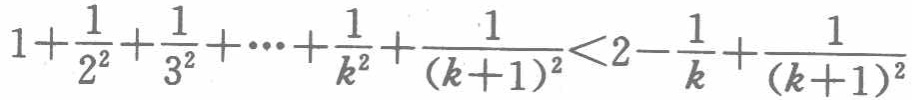
\(1+\frac{1}{2^{2}}+\frac{1}{3^{2}}+\cdots+\frac{1}{k^{2}}+\frac{1}{(k + 1)^{2}}<2-\frac{1}{k}+\frac{1}{(k + 1)^{2}}\)